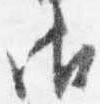
御